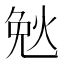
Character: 𮳪